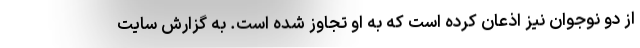
از دو نوجوان نیز اذعان کرده است که به او تجاوز شده است. به گزارش سایت